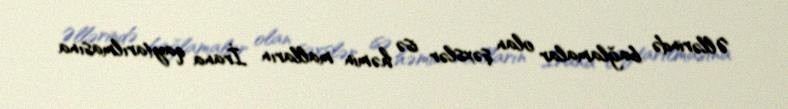
Əllərində bağlamalar olan şəxslər isə həmin malların İrana qaytarılmasına